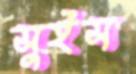
সুইস